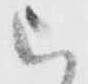
被